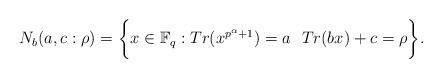
LaTeX: \begin{align*}N_{b}(a,c:\rho)=\biggl\lbrace x\in \mathbb{F}_{q}: Tr(x^{p^{\alpha}+1})=a\ \ Tr(bx)+c=\rho\biggr\rbrace.\end{align*}